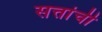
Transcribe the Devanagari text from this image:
सत्तांची